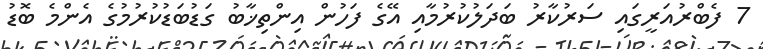
7 ފެބްރުއަރީގައި ސަރުކާރު ބަދަލުކުރުމާއި އޭގެ ފަހުން އިންތިޚާބު ގަޑުބަޑުކުރުމުގެ އެންމެ ބޮޑު